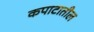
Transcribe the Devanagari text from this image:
कपाटातील